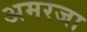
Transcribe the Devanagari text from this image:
अमरजा